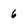
Character: 6